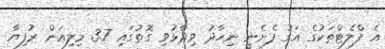
އެ ފްލެޓްތަކުގެ އަގު ފެށެނީ ނިހާދު ވިދާޅުވި ގޮތުގައި 3.7 މިލިއަން ރުފިޔާ